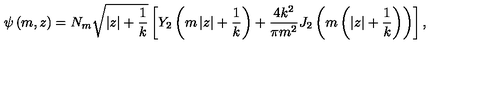
\psi \left( m , z \right) = N _ { m } \sqrt { \left| z \right| + \frac { 1 } { k } } \left[ Y _ { 2 } \left( m \left| z \right| + \frac { 1 } { k } \right) + \frac { 4 k ^ { 2 } } { \pi m ^ { 2 } } J _ { 2 } \left( m \left( \left| z \right| + \frac { 1 } { k } \right) \right) \right] ,